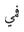
فمي